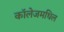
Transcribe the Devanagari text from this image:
काॅलेजमधिल